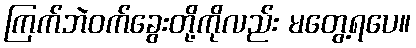
ကြက်ဘဲဝက်ခွေးတို့ကိုလည်း မတွေ့ရပေ။